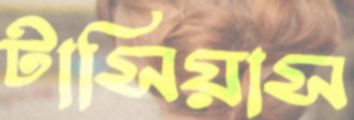
টাসিয়াস